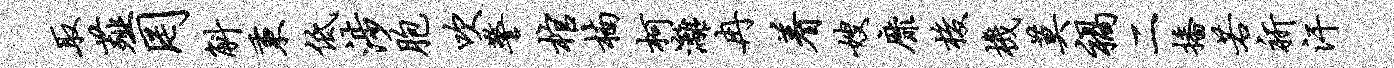
取薤罔斛秉低涉胞吹警棺楠柯漓冉着嫂靡梭机莫祸二播若祈汗